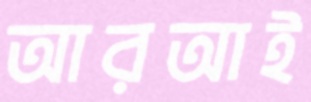
আরআই